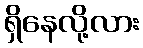
ရှိနေလို့လား